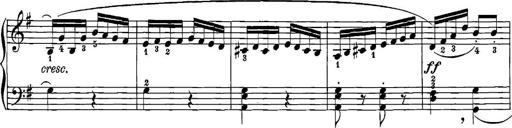
Title: 12 Sonatinas
Composer: Ignaz Pleyel